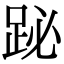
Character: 䟤